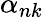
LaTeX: \alpha_{nk}